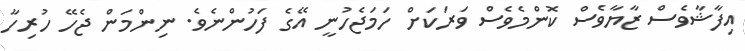
އިފާޝާވެސް ޒާޔާވެސް ކޮންމެވެސް ވަރަކަށް ހަމަޖެހުނީ އޭގެ ފަހުންނެވެ. ނިންމަން ޖެހޭ ހުރިހާ